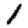
Digit: 1